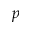
p